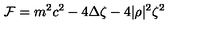
{ \cal F } = m ^ { 2 } c ^ { 2 } - 4 \Delta \zeta - 4 | \rho | ^ { 2 } \zeta ^ { 2 }